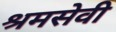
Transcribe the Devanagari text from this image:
श्रमसेवी